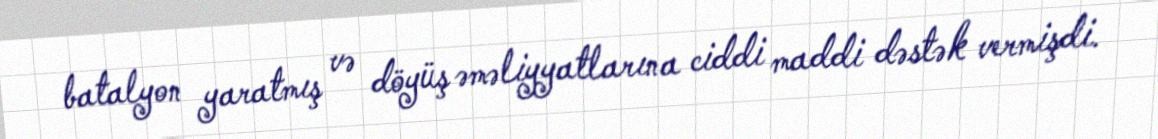
batalyon yaratmış və döyüş əməliyyatlarına ciddi maddi dəstək vermişdi.